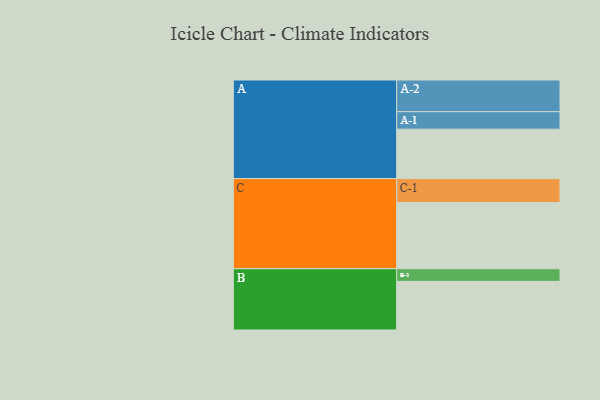
{"axis": {"x": "Segment", "y": "Value"}, "legend": ["", "A", "B", "C"], "data": [{"x": "A", "y": 376, "type": ""}, {"x": "B", "y": 370, "type": ""}, {"x": "C", "y": 504, "type": ""}, {"x": "A-1", "y": 133, "type": "A"}, {"x": "A-2", "y": 241, "type": "A"}, {"x": "B-1", "y": 96, "type": "B"}, {"x": "C-1", "y": 182, "type": "C"}]}